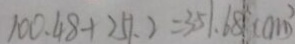
1 0 0 . 4 8 + 2 5 1 . 2 = 3 5 1 . 6 8 ( c m ^ { 2 } )